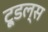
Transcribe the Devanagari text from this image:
टू्डल्स